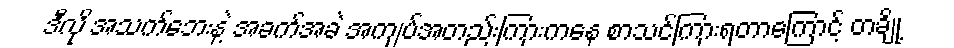
ဒီလို အသက်ဘေးနဲ့ အခက်အခဲ အကျပ်အတည်းကြားကနေ စာသင်ကြားရတာကြောင့် တချို့